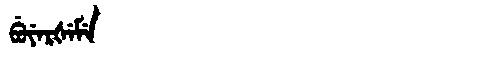
Manchu: ᠪᡠᠶᡝᡵᡧᡝᠮᡝ
Romanization: BUYERŠEME